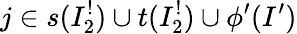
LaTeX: j\in s(I_{2}^{!})\cup t(I_{2}^{!})\cup\phi^{\prime}(I^{\prime})